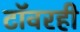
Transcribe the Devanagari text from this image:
टॉवरही